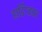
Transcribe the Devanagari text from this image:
हार्डिंग्जवर